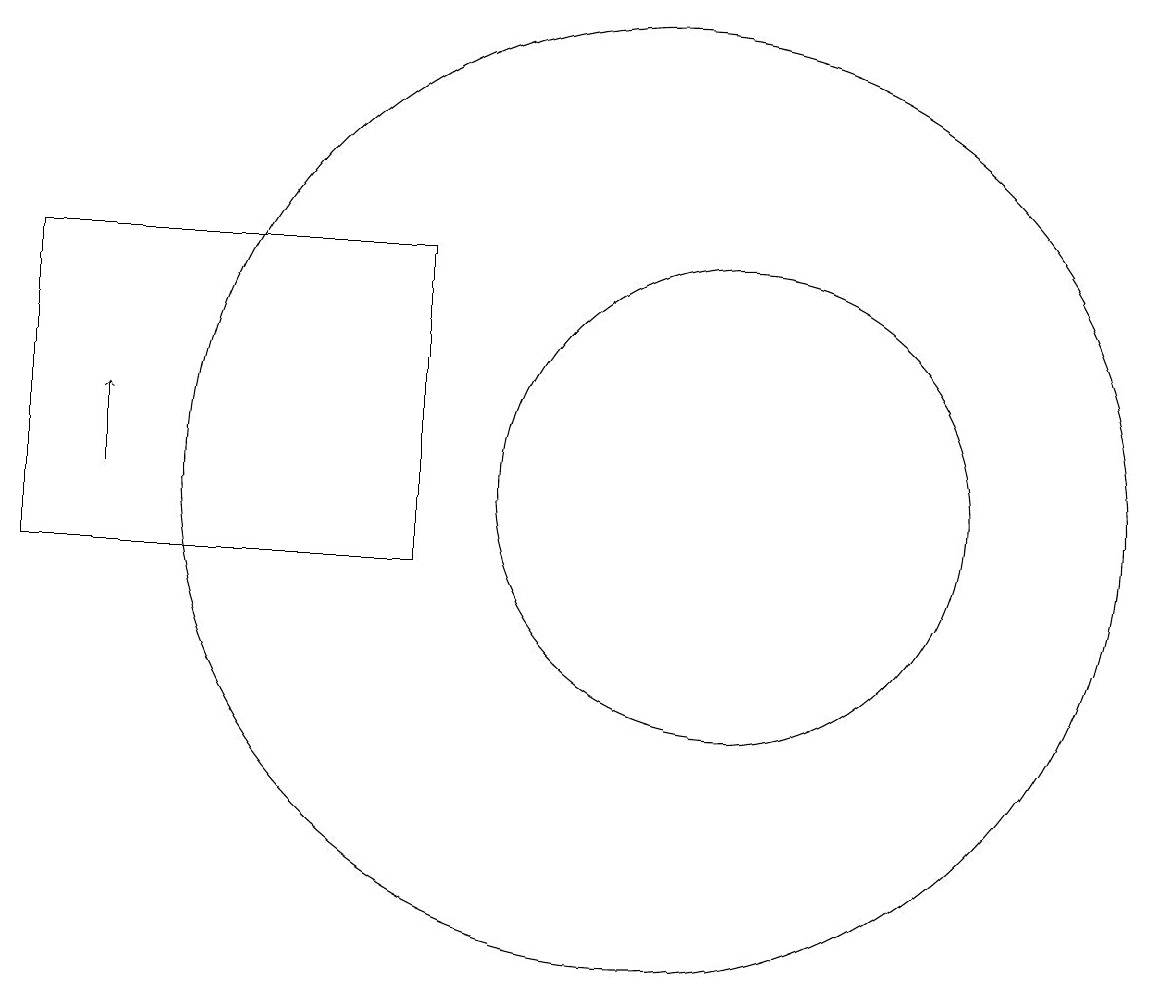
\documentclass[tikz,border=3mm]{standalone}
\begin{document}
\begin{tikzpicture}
\draw (10,11) circle (6);
\draw (11,11) circle (3);
\draw[->] (3,11) -- (3,12);
\draw (2,14) rectangle (7,10);
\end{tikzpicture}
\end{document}